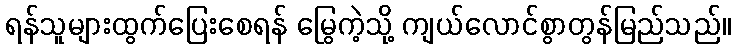
ရန်သူများထွက်ပြေးစေရန် မြွေကဲ့သို့ ကျယ်လောင်စွာတွန်မြည်သည်။